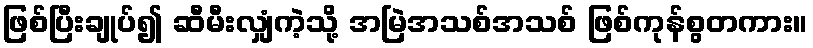
ဖြစ်ပြီးချုပ်၍ ဆီမီးလျှံကဲ့သို့ အမြဲအသစ်အသစ် ဖြစ်ကုန်စွတကား။